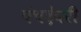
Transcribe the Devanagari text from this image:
पंचदेवरी